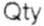
QTY